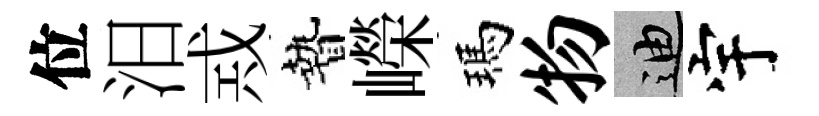
位汨𢦶贄嶸瑪物迪宇